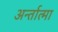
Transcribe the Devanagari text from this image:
अर्न्तात्मा